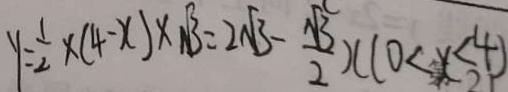
y = \frac { 1 } { 2 } \times ( 4 - x ) \times \sqrt { 1 3 } = 2 \sqrt { 1 3 } - \frac { \sqrt { 3 } } { 2 } x ( 1 0 < x < 4 )